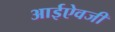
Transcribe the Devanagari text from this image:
आईऐवजी